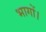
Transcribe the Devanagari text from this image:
भागों।